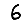
Digit: 6